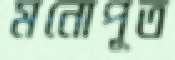
মনোপূত